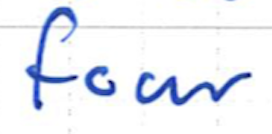
Text: four
Cross-out: clean
Writing tool: ballpoint